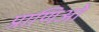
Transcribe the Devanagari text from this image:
प्राणिओं